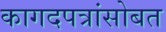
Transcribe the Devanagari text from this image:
कागदपत्रांसोबत